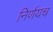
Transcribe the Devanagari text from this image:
निर्णयच